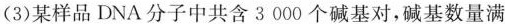
(3)某样品DNA分子中共含3000个碱基对，碱基数量满